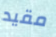
مقيد